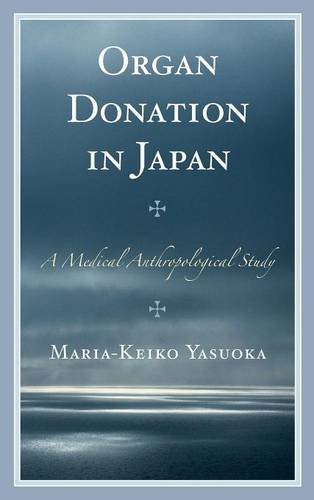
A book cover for Organ Donation in Japan: A Medical Anthropological Study; Maria-Keiko Yasuoka ; Health, Fitness & Dieting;